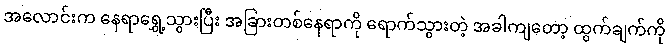
အလောင်းက နေရာရွှေ့သွားပြီး အခြားတစ်နေရာကို ရောက်သွားတဲ့ အခါကျတော့ ထွက်ချက်ကို